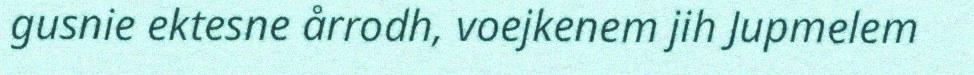
gusnie ektesne årrodh, voejkenem jih Jupmelem